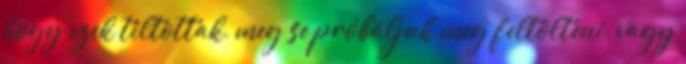
hogy ezek tiltottak, meg se próbáljuk meg feltölteni, vagy